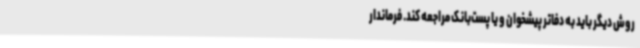
روش دیگر باید به دفاتر پیشخوان و یا پست‌بانک مراجعه کند. فرماندار